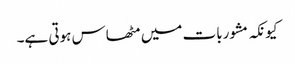
کیونکہ مشوربات میں مٹھاس ہوتی ہے۔